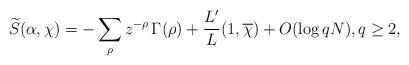
LaTeX: \begin{align*}\widetilde{S}(\alpha,\chi)=-\sum_\rho z^{-\rho}\,\Gamma(\rho)+\frac{L'}{L}(1,\overline{\chi})+O(\log qN),q\ge2,\end{align*}